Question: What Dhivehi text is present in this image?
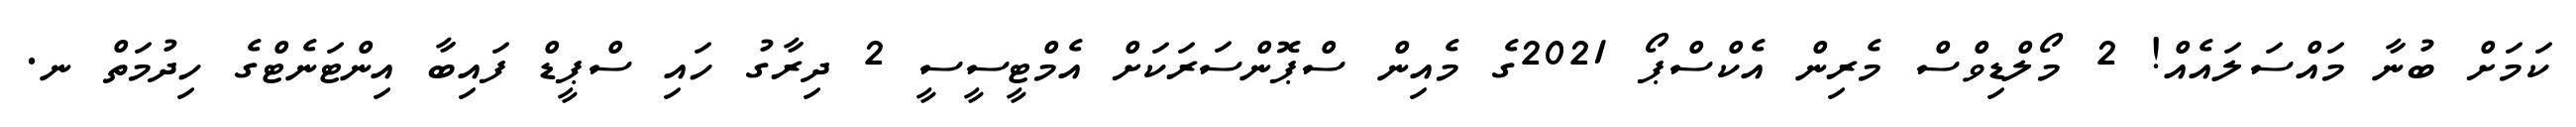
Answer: ކަމަށް ބުނާ މައްސަލައެއް! 2 މޯލްޑިވްސް މެރިން އެކްސްޕޯ 2021ގެ މެއިން ސްޕޮންސަރަކަށް އެމްޓީސީސީ 2 ދިރާގު ހައި ސްޕީޑް ފައިބާ އިންޓަނެޓްގެ ހިދުމަތް ނ.